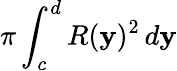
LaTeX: \pi\int_{c}^{d}R(\mathbf{y})^{2}\, d\mathbf{y}